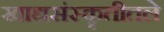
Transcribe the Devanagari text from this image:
खाद्यसंस्कॄतीतले